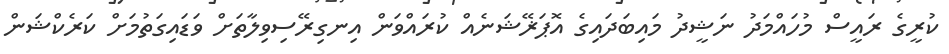
ކުރީގެ ރައީސް މުހައްމަދު ނަޝީދު މައިބަދައިގެ އޮޕަޜޭޝަނެއް ކުރައްވަން އިނގިރޭސިވިލާތަށް ވަޑައިގަތުމަށް ކަރެކްޝަން